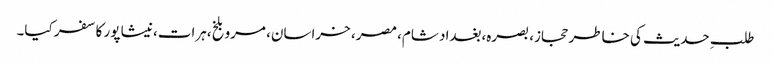
طلبِ حدیث کی خاطر حجاز، بصرہ،بغداد شام، مصر، خراسان، مرو بلخ،ہرات،نیشا پور کا سفر کیا۔